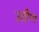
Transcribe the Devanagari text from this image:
उतीण